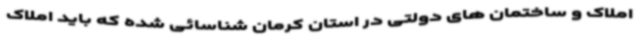
املاک و ساختمان های دولتی در استان کرمان شناسائی شده که باید املاک